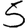
Digit: 5